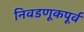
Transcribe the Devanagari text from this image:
निवडणूकपूर्व